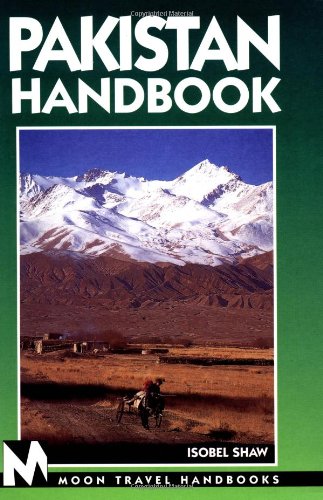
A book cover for Pakistan (Moon Handbooks Pakistan); Isobel Shaw; Travel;